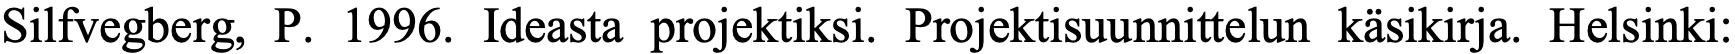
Silfvegberg, P. 1996. Ideasta projektiksi. Projektisuunnittelun käsikirja. Helsinki: